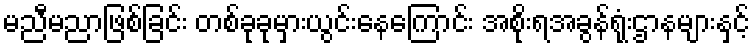
မညီမညာဖြစ်ခြင်း တစ်ခုခုမှားယွင်းနေကြောင်း အစိုးရအခွန်ရုံးဌာနများနှင့်